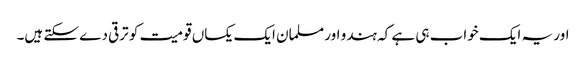
اور یہ ایک خواب ہی ہے کہ ہندو اور مسلمان ایک یکساں قومیت کو ترقی دے سکتے ہیں۔